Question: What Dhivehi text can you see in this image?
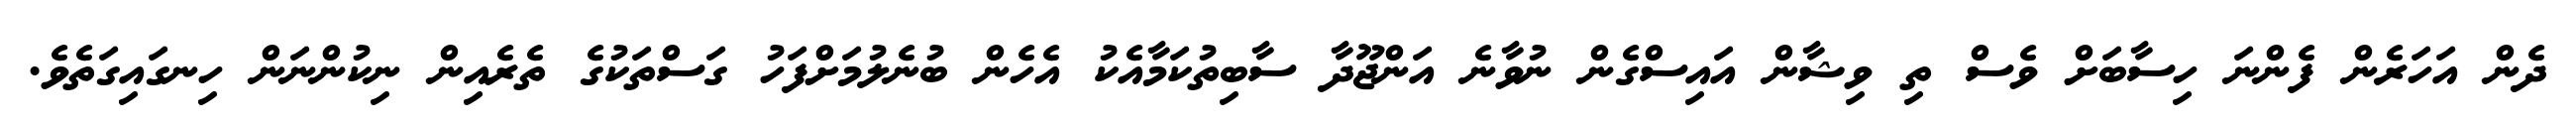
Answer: ދެން އަހަރެން ފެންނަ ހިސާބަށް ވެސް ތި ވިޝާން އައިސްގެން ނުވާނެ އަންޖޫދާ ސާބިތުކަމާއެކު އެހެން ބުނެލުމަށްފަހު ގަސްތަކުގެ ތެރެއިން ނިކުންނަން ހިނގައިގަތެވެ.